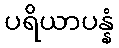
ပရိယာပန္နံ